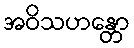
အဝိသဟန္တော